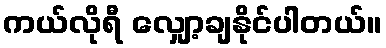
ကယ်လိုရီ လျှော့ချနိုင်ပါတယ်။